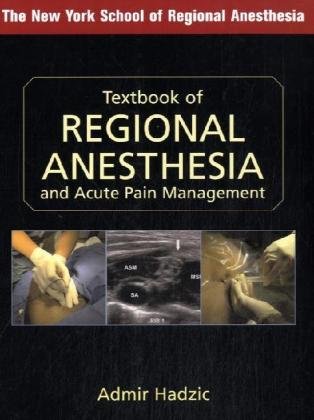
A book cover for Textbook of Regional Anesthesia and Acute Pain Management (Hadzic, Textbook of Regional Anesthesia and Acute Pain Management); Admir Hadzic; Medical Books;